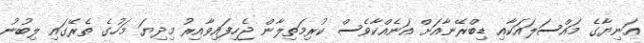
އަނިޔާގެ މައްސަލައަކާއި ޑިބްރޭނާއަށް އަނެއްކާވެސް ކުރިމަތިލާން ޖެހިފައިވާއިރު މިދިޔަ މަހުގެ ތެރޭގައި ލިބުނު